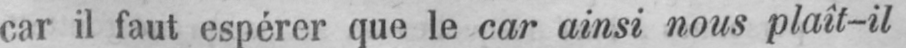
car il faut espérer que le car ainsi nous plaît-il